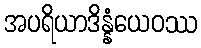
အပရိယာဒိန္နံယေဝဿ